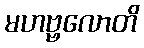
မဟဗ္ဗလောတိ